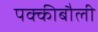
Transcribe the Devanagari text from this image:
पक्कीबौली